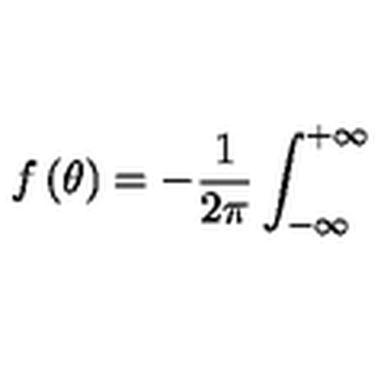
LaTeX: f \left( \theta \right) = - \frac { 1 } { 2 \pi } \int _ { - \infty } ^ { + \infty }